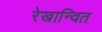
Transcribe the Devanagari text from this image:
रेखान्वित